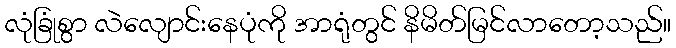
လုံခြုံစွာ လဲလျောင်းနေပုံကို အာရုံတွင် နိမိတ်မြင်လာတော့သည်။